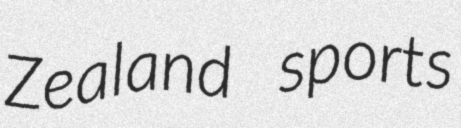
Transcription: Zealand sports